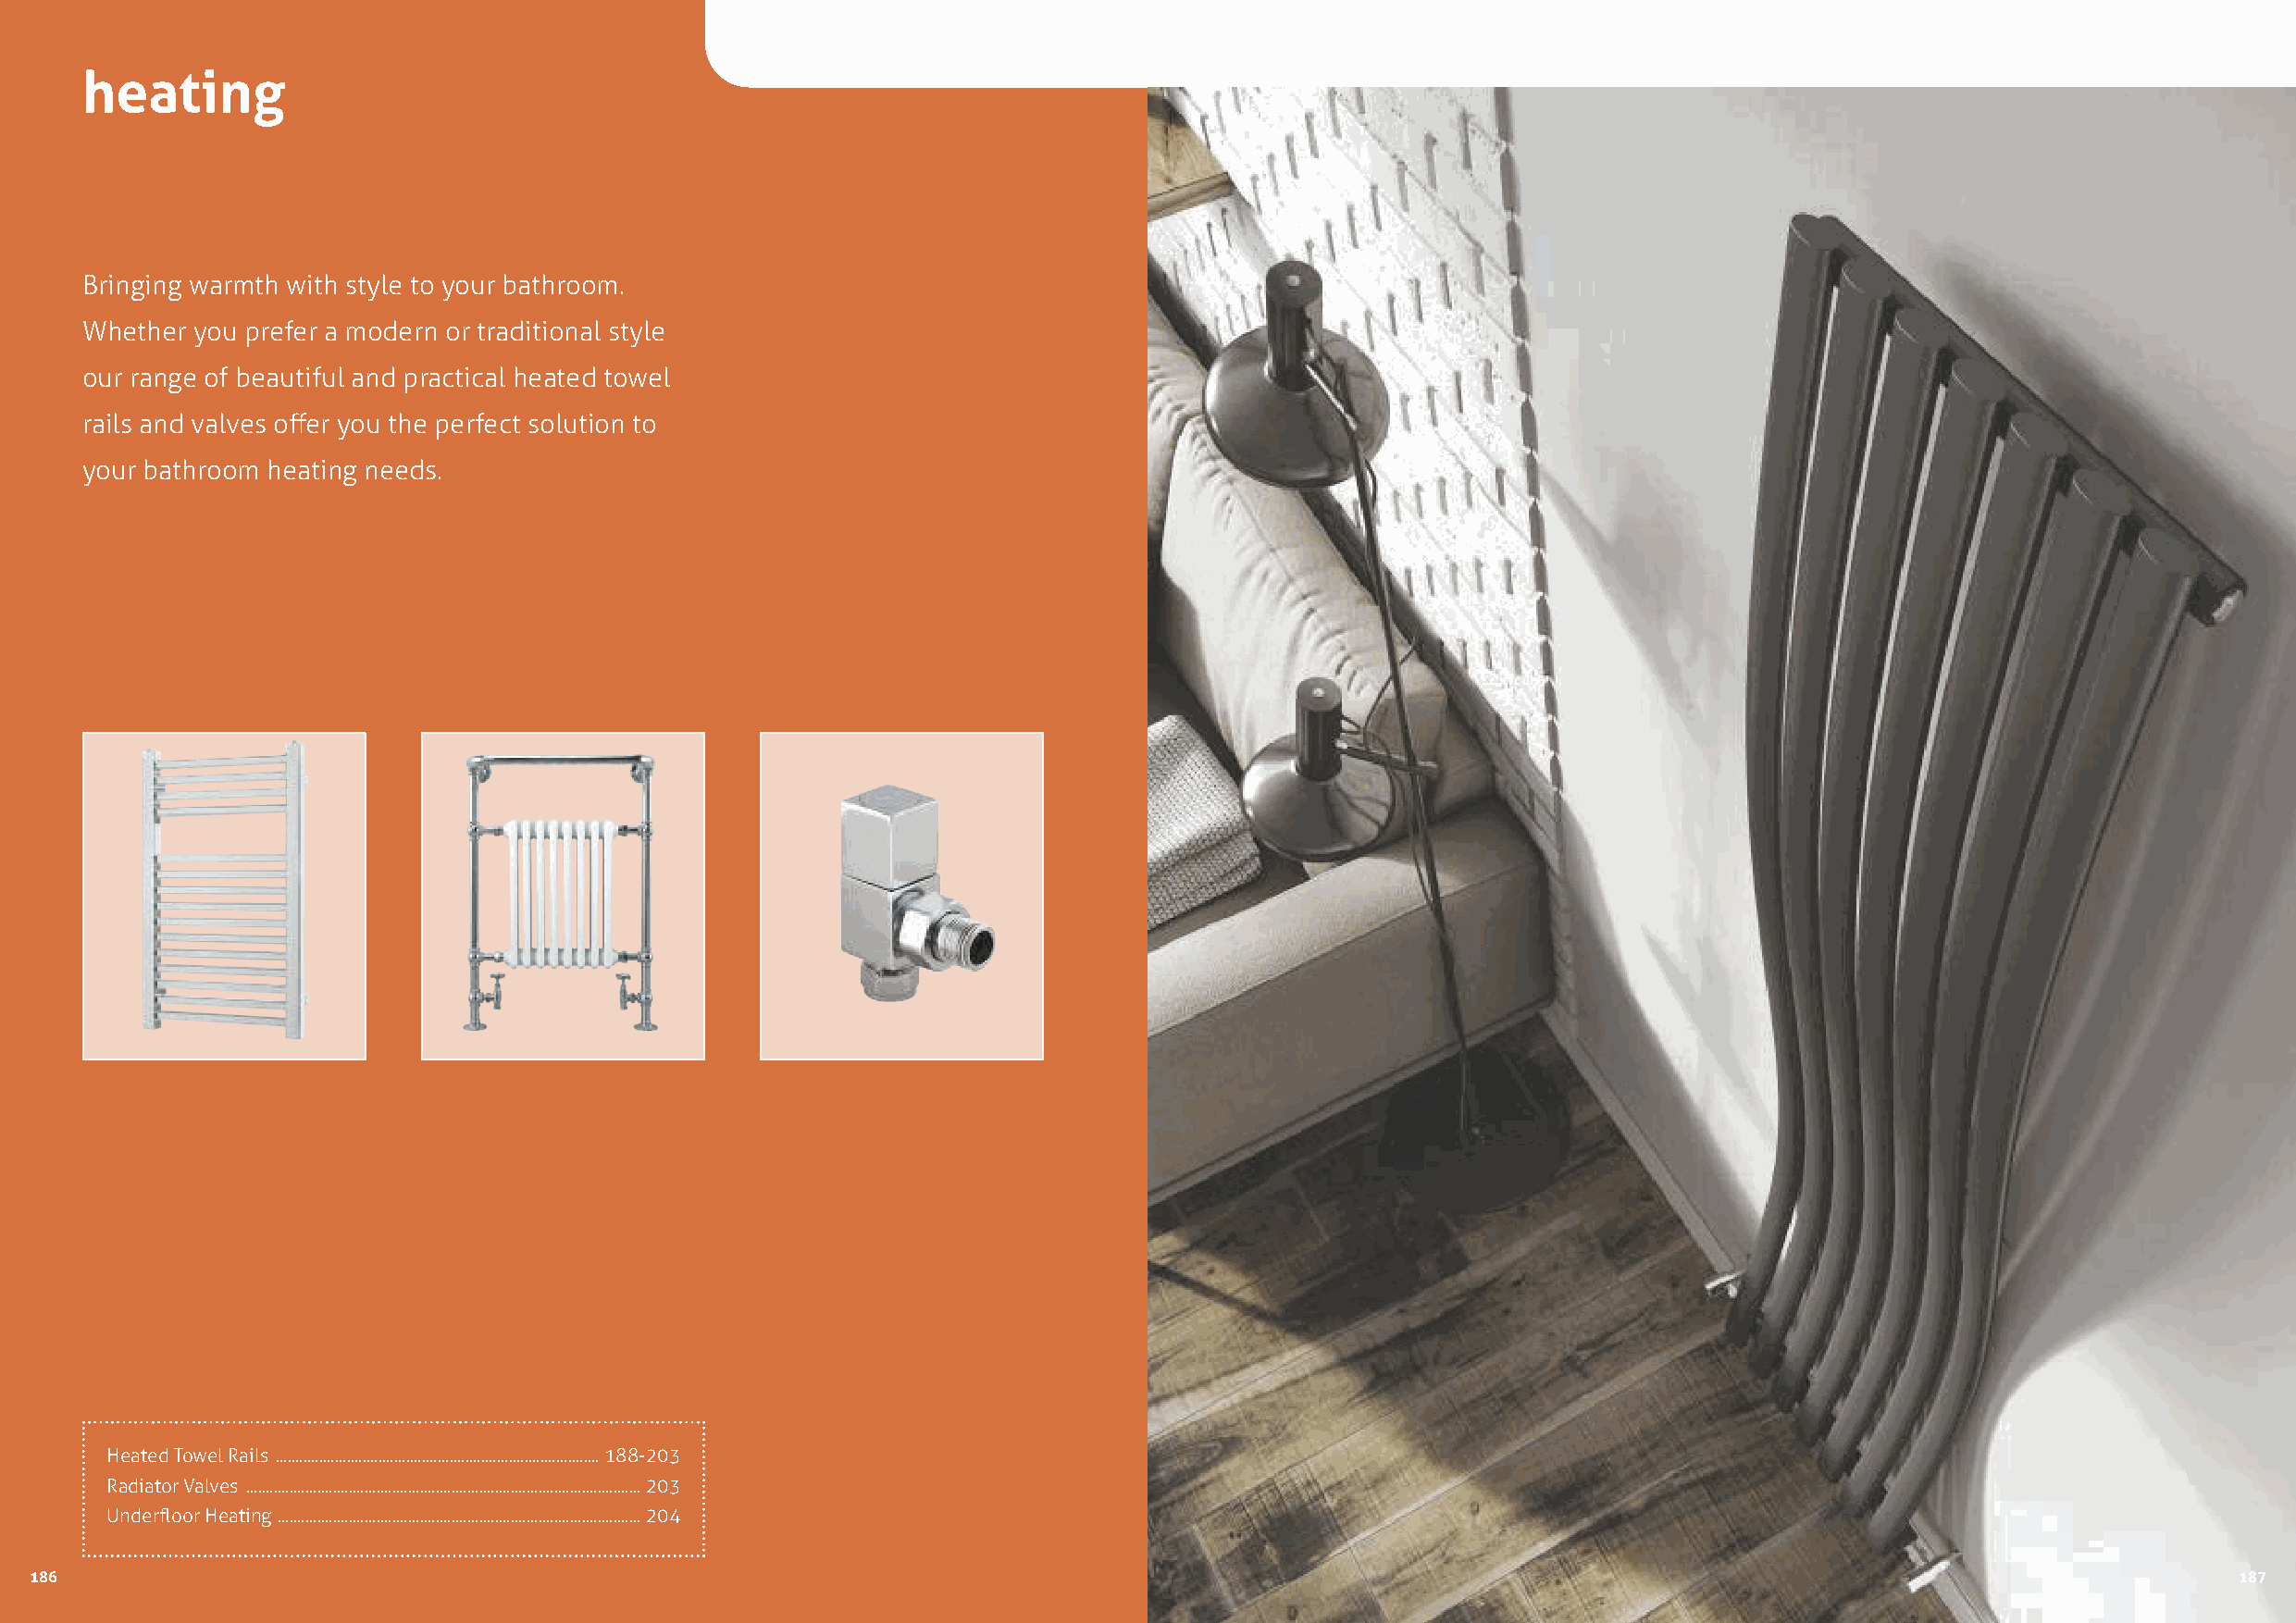
heating
 Bringing warmth with style to your bathroom.
 Whether you prefer a modern or traditional style
 our range of beautiful and practical heated towel
 rails and valves offer you the perfect solution to
 your bathroom heating needs.
 Heated Towel Rails ..................................................................................188-203
 Radiator Valves ....................................................................................................203
 Underfloor Heating ............................................................................................204
 186                                                                                                                                                           187